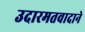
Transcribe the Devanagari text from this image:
उदारमतवादाने